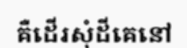
គឺដើរសុំដីគេនៅ